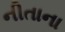
નીતાના